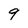
Character: 9